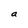
Character: a